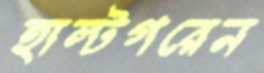
হাল্টগরেন